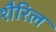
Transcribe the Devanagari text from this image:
शैरिल